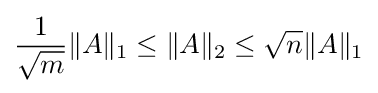
{\frac {1}{\sqrt {m}}}\|A\|_{1}\leq \|A\|_{2}\leq {\sqrt {n}}\|A\|_{1}